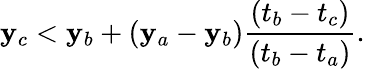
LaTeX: \mathbf{y}_{c}<\mathbf{y}_{b}+(\mathbf{y}_{a}-\mathbf{y}_{b})\frac{{(t_{b}-t_{c})}}{{(t_{b}-t_{a})}}.